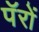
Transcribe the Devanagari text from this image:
पॅरों